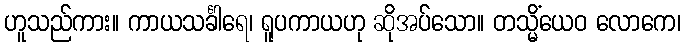
ဟူသည်ကား။ ကာယသင်္ခါရေ၊ ရူပကာယဟု ဆိုအပ်သော။ တသ္မိံယေဝ လောကေ၊